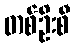
တစ်ဦးစီ